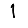
Digit: 1